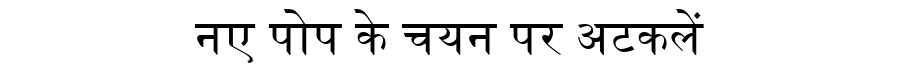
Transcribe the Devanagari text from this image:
नए पोप के चयन पर अटकलें